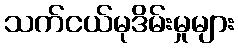
သက်ငယ်မုဒိမ်းမှုများ